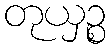
တုယှဉ္စ